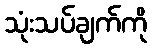
သုံးသပ်ချက်ကို